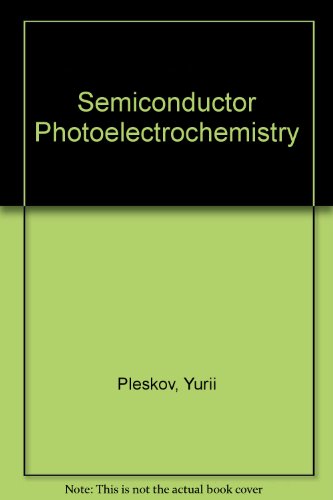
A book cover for Semiconductor Photoelectrochemistry; Yurii Pleskov; Science & Math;